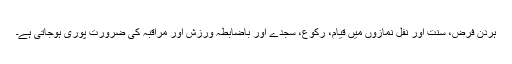
ہردن فرض، سنت اور نفل نمازوں میں قیام، رکوع، سجدے اور باضابطہ ورزش اور مراقبہ کی ضرورت پوری ہوجاتی ہے۔